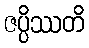
ဇပ္ပိဿတိ